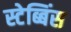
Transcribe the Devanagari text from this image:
स्टेब्बिंस